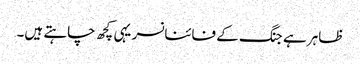
ظاہر ہے جنگ کے فائنانسر یہی کچھ چاہتے ہیں۔